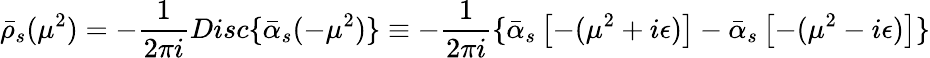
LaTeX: \bar{\rho}_{s}(\mu^{2})=-\frac{1}{2\pi i}Disc\{ \bar{\alpha}_{s}(-\mu^{2})\} \equiv-\frac{1}{2\pi i}\{ \bar{\alpha}_{s}\left[-(\mu^{2}+i\epsilon)\right]-\bar{\alpha}_{s}\left[-(\mu^{2}-i\epsilon)\right]\}